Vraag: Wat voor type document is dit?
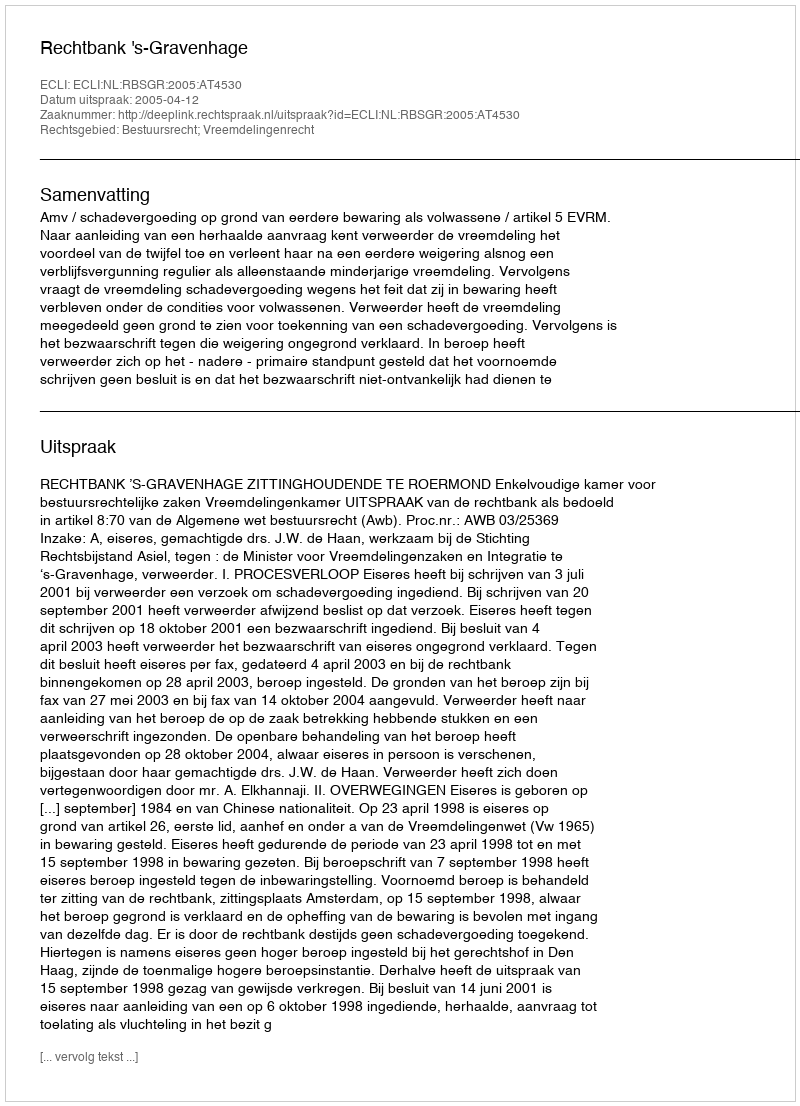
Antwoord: Uitspraak